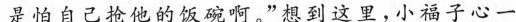
是怕自己他的饭碗啊。”想到这里，小福子心一